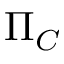
\Pi _ { C }